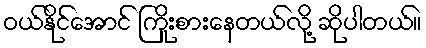
ဝယ်နိုင်အောင် ကြိုးစားနေတယ်လို့ ဆိုပါတယ်။